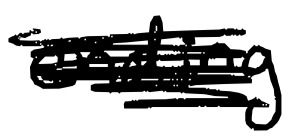
Text: ending
Cross-out: scratch
Writing tool: digital_black